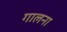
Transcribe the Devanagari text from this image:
गालना